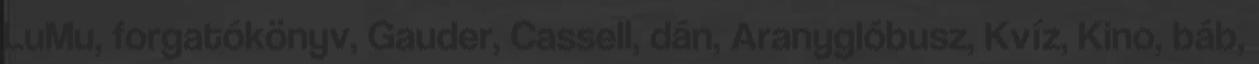
LuMu, forgatókönyv, Gauder, Cassell, dán, Aranyglóbusz, Kvíz, Kino, báb,